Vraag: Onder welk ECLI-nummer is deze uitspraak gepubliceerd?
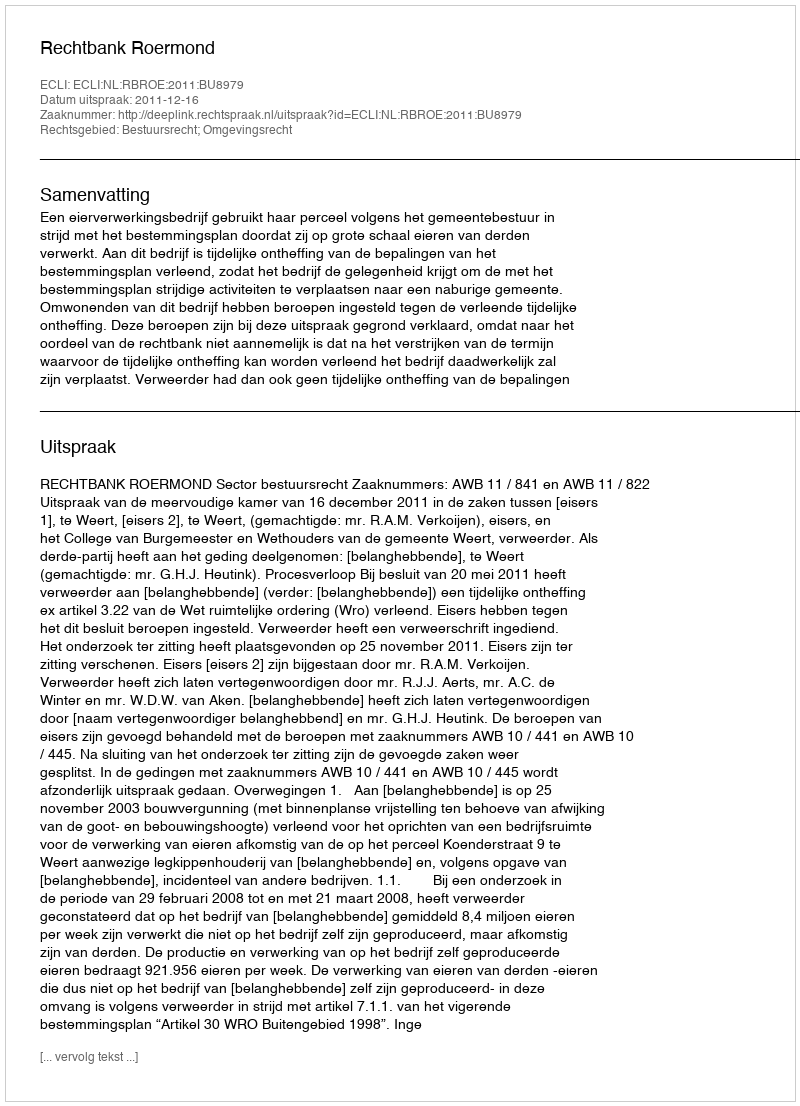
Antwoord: ECLI:NL:RBROE:2011:BU8979